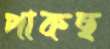
পাকছ